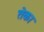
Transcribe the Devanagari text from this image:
तेका